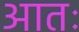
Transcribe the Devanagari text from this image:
आतः